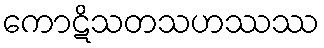
ကောဋိသတသဟဿဿ